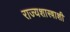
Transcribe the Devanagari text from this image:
राज्यशास्त्राशी